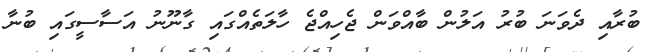
ބުރާއި ދެވަނަ ބުރު އަލުން ބާއްވަން ޖެހިއްޖެ ހާލަތެއްގައި ގާނޫނު އަސާސީގައި ބުނާ